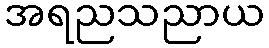
အရညသညာယ